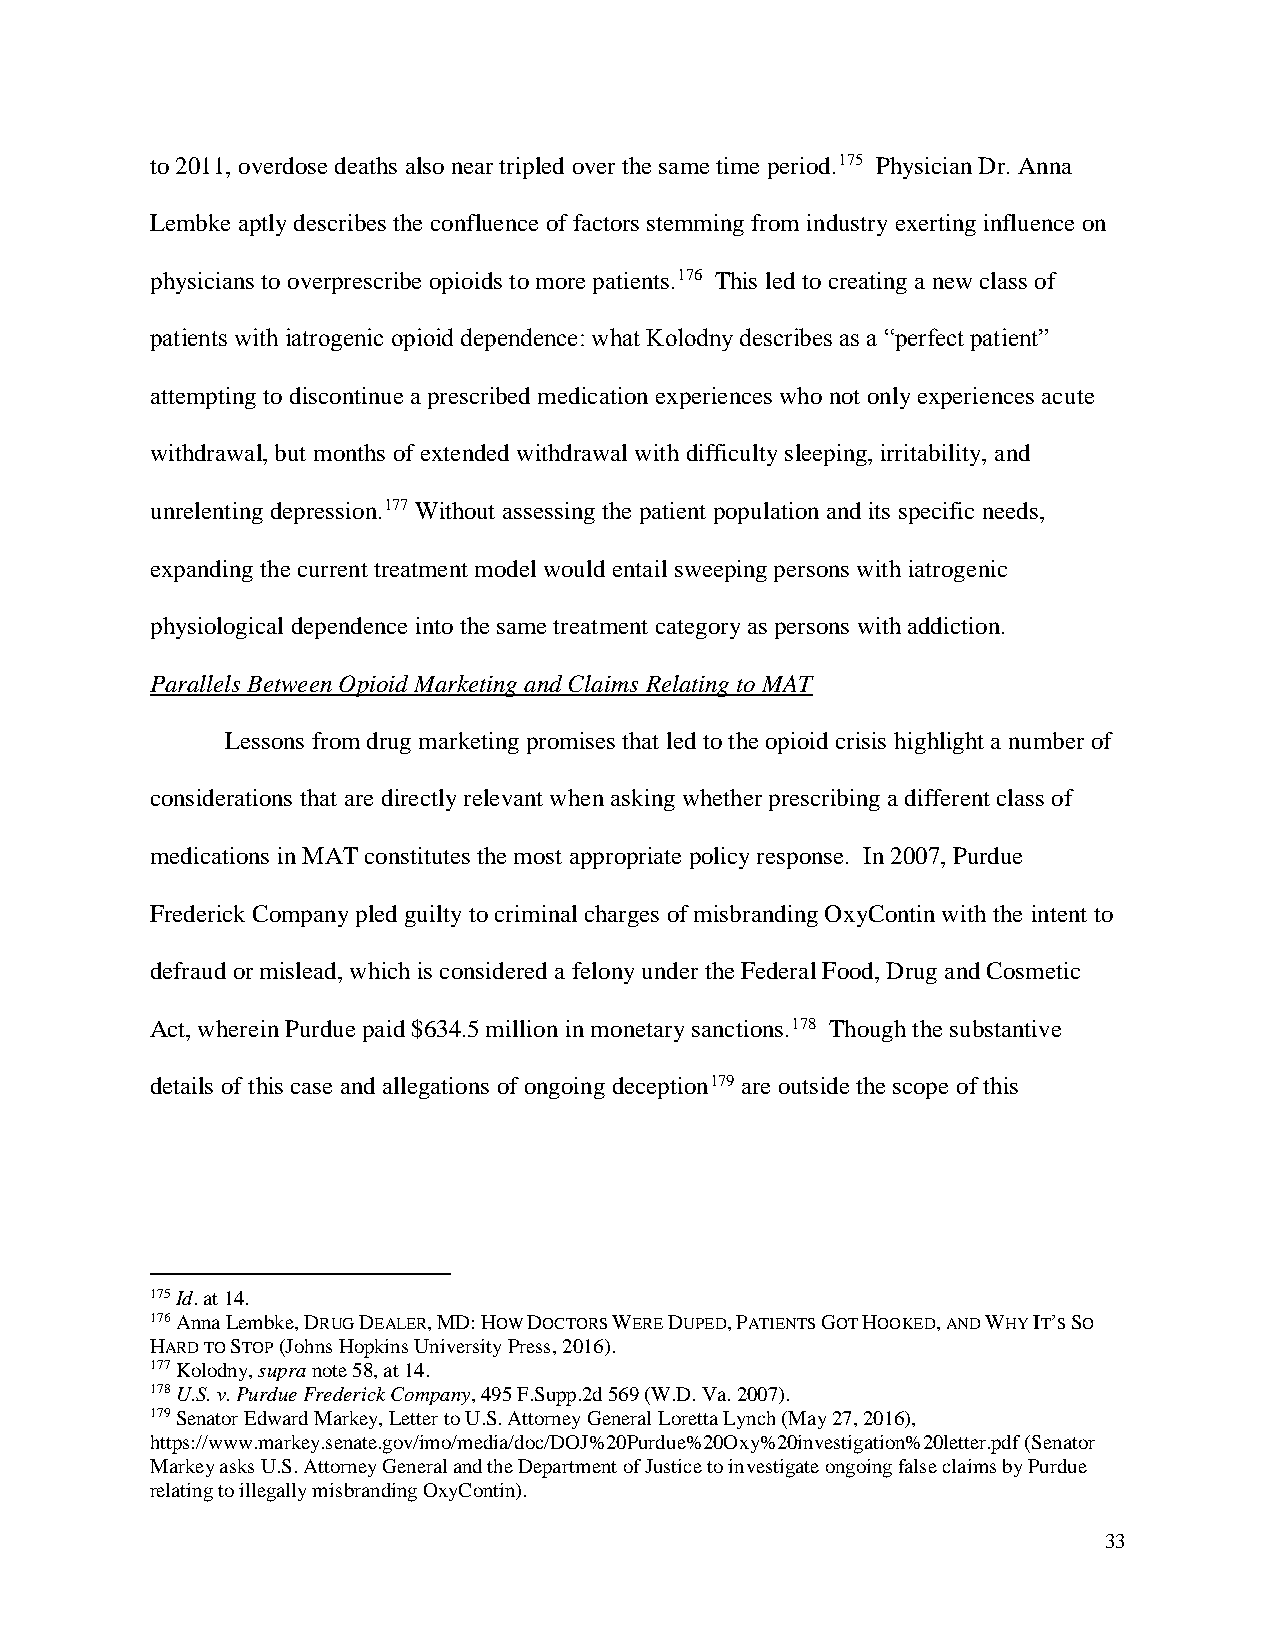
to 2011, overdose deaths also near tripled over the same time period.175 Physician Dr. Anna
 Lembke aptly describes the confluence of factors stemming from industry exerting influence on
 physicians to overprescribe opioids to more patients.176 This led to creating a new class of
 patients with iatrogenic opioid dependence: what Kolodny describes as a “perfect patient”
 attempting to discontinue a prescribed medication experiences who not only experiences acute
 withdrawal, but months of extended withdrawal with difficulty sleeping, irritability, and
 unrelenting depression.177 Without assessing the patient population and its specific needs,
 expanding the current treatment model would entail sweeping persons with iatrogenic
 physiological dependence into the same treatment category as persons with addiction.
 Parallels Between Opioid Marketing and Claims Relating to MAT
 Lessons from drug marketing promises that led to the opioid crisis highlight a number of
 considerations that are directly relevant when asking whether prescribing a different class of
 medications in MAT constitutes the most appropriate policy response. In 2007, Purdue
 Frederick Company pled guilty to criminal charges of misbranding OxyContin with the intent to
 defraud or mislead, which is considered a felony under the Federal Food, Drug and Cosmetic
 Act, wherein Purdue paid $634.5 million in monetary sanctions.178 Though the substantive
 details of this case and allegations of ongoing deception179 are outside the scope of this
 175 Id. at 14.
 176 Anna Lembke, DRUG DEALER, MD: HOW DOCTORS WERE DUPED, PATIENTS GOT HOOKED, AND WHY IT’S SO
 HARD TO STOP (Johns Hopkins University Press, 2016).
 177 Kolodny, supra note 58, at 14.
 178 U.S. v. Purdue Frederick Company, 495 F.Supp.2d 569 (W.D. Va. 2007).
 179 Senator Edward Markey, Letter to U.S. Attorney General Loretta Lynch (May 27, 2016),
 https://www.markey.senate.gov/imo/media/doc/DOJ%20Purdue%20Oxy%20investigation%20letter.pdf (Senator
 Markey asks U.S. Attorney General and the Department of Justice to investigate ongoing false claims by Purdue
 relating to illegally misbranding OxyContin).
 33